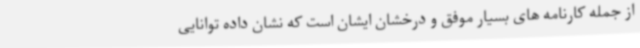
از جمله کارنامه های بسیار موفق و درخشان ایشان است که نشان داده توانایی